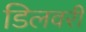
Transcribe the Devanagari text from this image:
डिलवरी